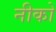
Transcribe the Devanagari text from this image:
नीको